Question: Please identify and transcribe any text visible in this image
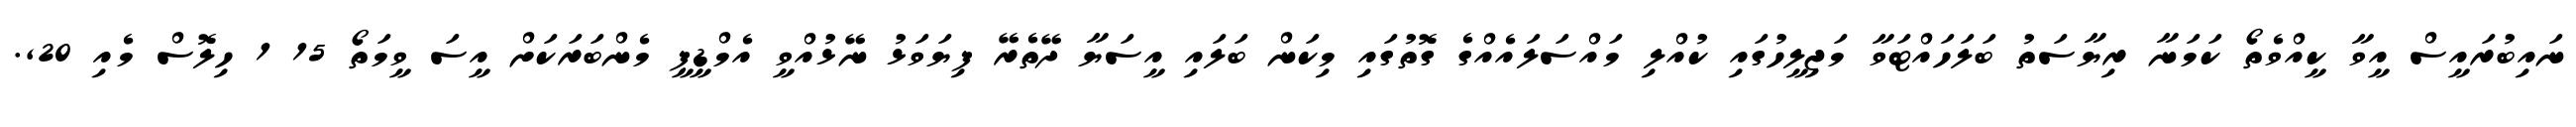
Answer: ނައިބުރައީސް އީވާ ކީއްވެތޯ ކަމަނާ ރިޔާސަތު ބަލަހައްޓަވާ މަޖިލީހުގައި ކުއްލި މައްސަލައެއްގެ ގޮތުގައި މިކަން ބަލައި އީސަޔާ ދޭތެރޭ ފިޔަވަޅު ނޭޅުއްވީ އެމްޑީޕީ މެންބަރަކަށް އީސަ ވީމަތޯ 15 1 ހިލޮސް މެއި 20,.